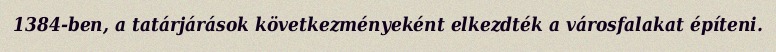
1384-ben, a tatárjárások következményeként elkezdték a városfalakat építeni.